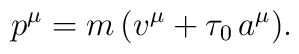
p^\mu=m\,(v^\mu+\tau_0\,a^\mu).